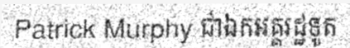
Patrick Murphy ជាឯកអគ្គរដ្ឋទូត